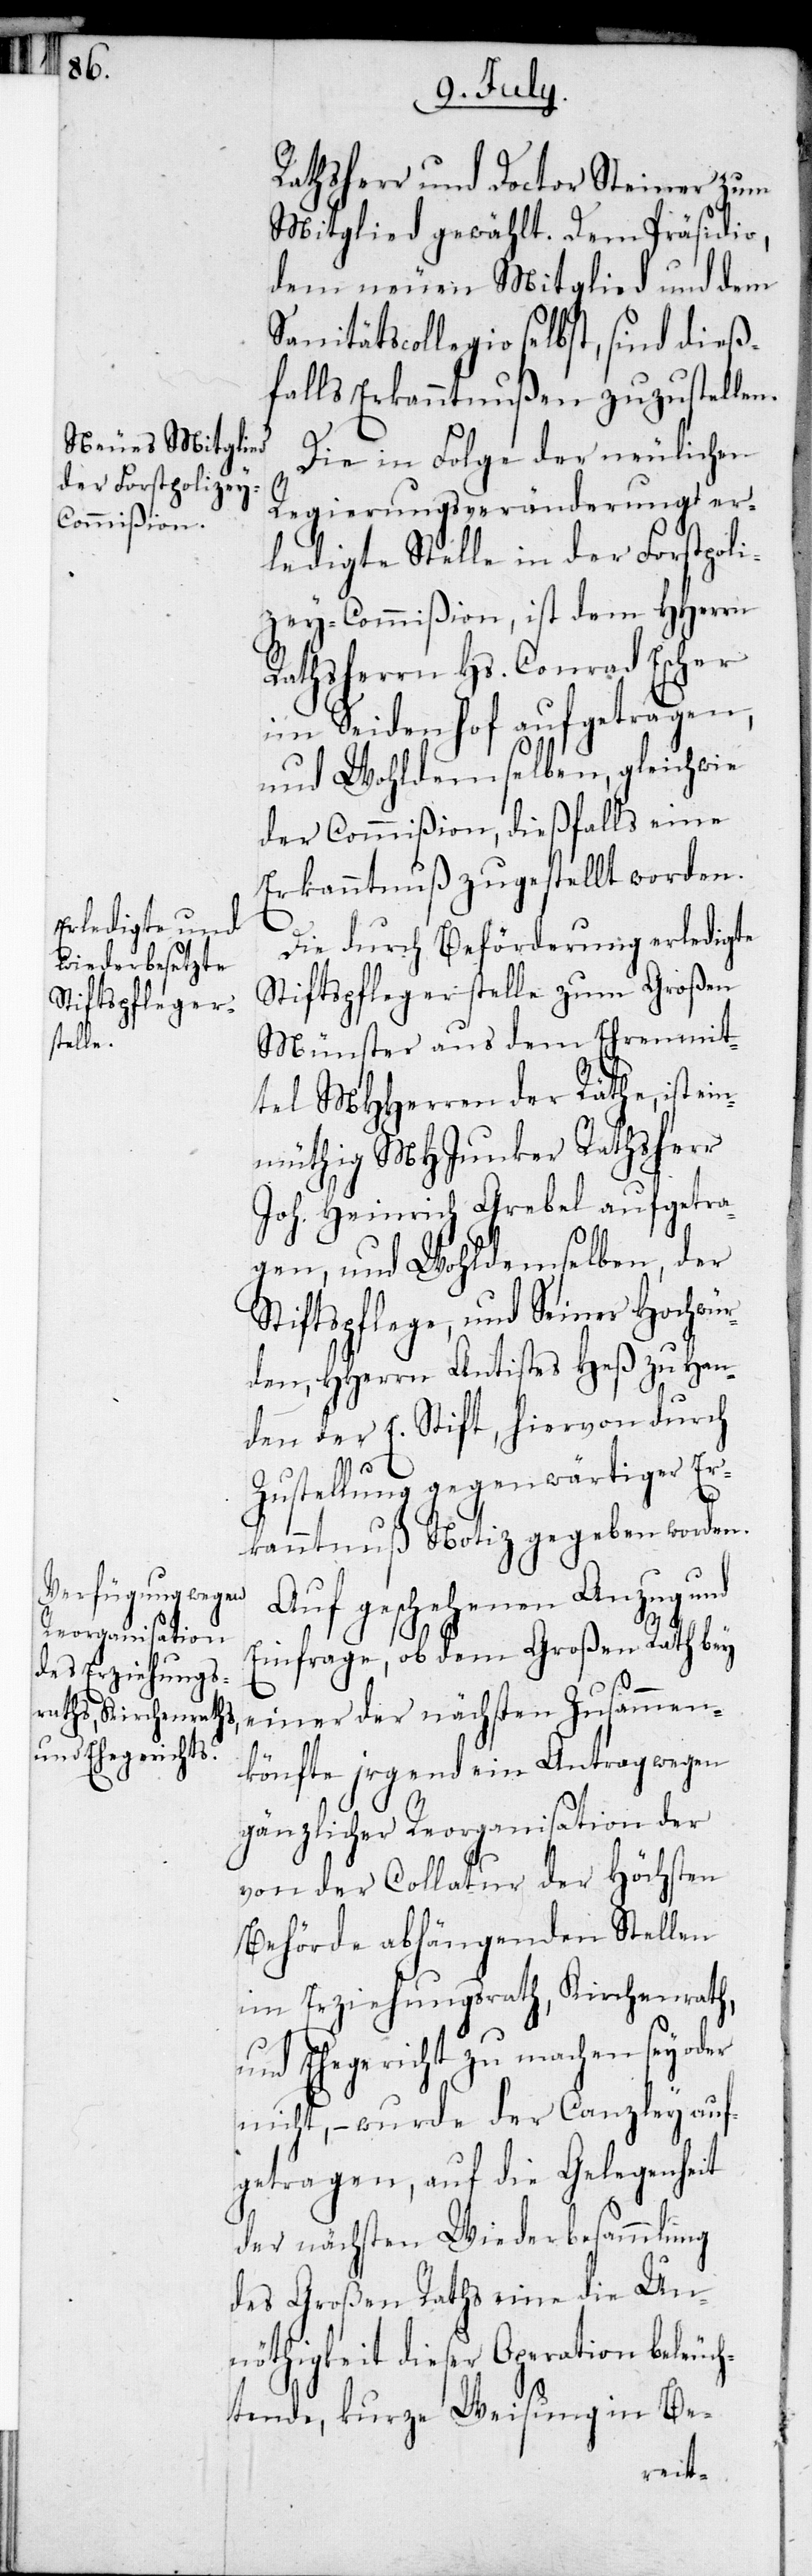
Rathsherr und Doctor Steiner zum
Mitglied gewählt. Dem Präsidio,
dem neuen Mitglied und dem
Sanitätscollegio selbst, sind dieß¬
falls Erkanntnußen zuzustellen.
Die in Folge der neulichen
Regierungsveränderung er¬
ledigte Stelle in der Forstpoli¬
zey-Commißion, ist dem HHerrn
Rathsherr Hs. Conrad Escher
im Seidenhof aufgetragen,
und Wohldemselben, gleichwie
der Commißion, dießfalls eine
Erkanntnuß zugestellt worden.
Die durch Beförderung erledigte
Stiftspflegerstelle zum Großen
Münster aus dem Ehrenmit¬
tel MHHerren der Räthe, ist ein¬
müthig MHJunker Rathsherr
Joh. Heinrich Grebel aufgetrag¬
en, und Wohldemselben, der
Stiftspflege, und Seiner Hochwür¬
den, HHerr Antistes Heß zu Han¬
den der E. Stift, hiervon durch
Zustellung gegenwärtiger Er¬
kanntnuß Notiz gegeben worden.
Auf geschehenen Anzug und
Einfrage, ob dem Großen Rath bey
einer der nächsten Zusammen¬
künfte jrgendein Antrag wegen
gänzlicher Reorganisation der
von der Collatur der Höchsten
Behörde abhängenden Stellen
im Erziehungsrath, Kirchenrath,
und Ehegericth zu machen sey oder
nicht, – wurde der Canzley auf¬
getragen, auf die Gelegenheit
der nächsten Wiederbesammlung
des Großen Raths eine die Un¬
nöthigkeit dieser Operation beleuch¬
tende, kurze Weisung in Be-